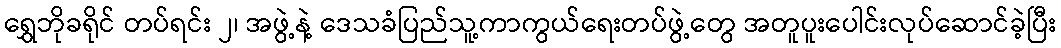
ရွှေဘိုခရိုင် တပ်ရင်း ၂၊ အဖွဲ့နဲ့ ဒေသခံပြည်သူ့ကာကွယ်ရေးတပ်ဖွဲ့တွေ အတူပူးပေါင်းလုပ်ဆောင်ခဲ့ပြီး